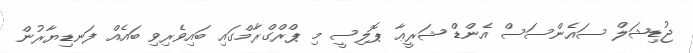
ޖުޑިޝަލް ސައެންސަސް އެންޑް ޝަރީޢާ ޕޮލިސީ މި ޕްރްގްރާމްގައި ބައިވެރިވި ބައެއް ފަނޑިޔާރުން